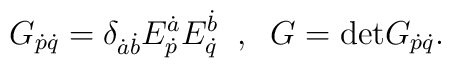
G_{\dot{p}\dot{q}}=\delta_{\dot{a}\dot{b}}       E_{\dot{p}}^{\dot{a}}E_{\dot{q}}^{\dot{b}}\;\;,\;\;       G={\rm det}G_{\dot{p}\dot{q}}.